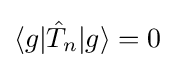
{\textstyle \langle g|{\hat {T}}_{n}|g\rangle =0}